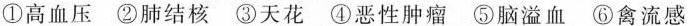
①高血压 ②肺结核 ③天花 ④恶性肿瘤 ⑤脑溢血 ⑥禽流感